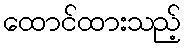
ထောင်ထားသည့်